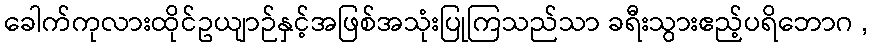
ခေါက်ကုလားထိုင်ဥယျာဉ်နှင့်အဖြစ်အသုံးပြုကြသည်သာ ခရီးသွားဧည့်ပရိဘောဂ ,